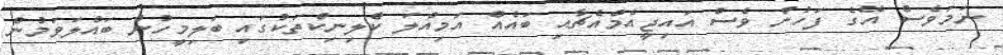
ނަމަވެސް އޭގެ ފަހުން ވެސް އައިޖީއެމްއެޗާއި ބައެއް އަމިއްލަ ކްލިނިކްތަކުގައި ބަލިމީހުން ބައްލަވަމުން